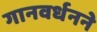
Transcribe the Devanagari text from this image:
गानवर्धनने